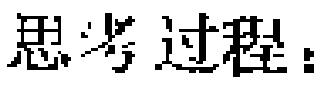
思考过程：